Annual report of the Central Committee of the Association together with the report of the directors of the Pasteur Institute at Kasauli
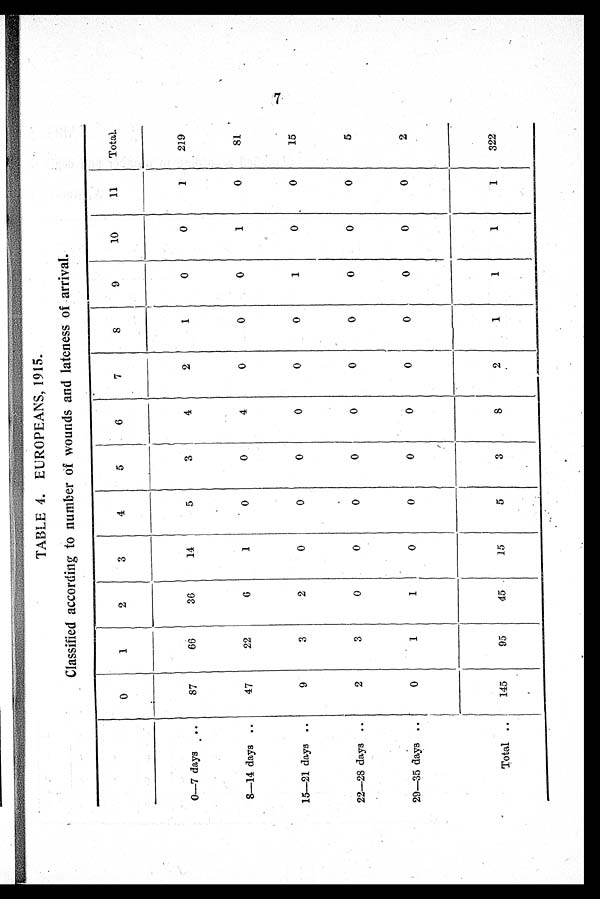
TABLE 4. EUROPEANS, 1915.
Classified according to number of wounds and lateness of arrival.
0
1
2
3
4
5
6
7
8
9
10
11
Total.
0-7 days ..
87
66
36
14
5
3
4
2
1
0
0
1
219
8-14 days ..
47
22
6
1
0
0
4
0
0
0
1
0
81
15-21 days ..
9
3
2
0
0
0
0
0
0
1
0
0
15
22-28 days . .
2
3
0
0
0
0
0
0
0
0
0
0
5
29-35 days ..
0
1
1
0
0
0
0
0
0
0
0
0
2
Total
..
145
95
45 .
15
5
3
8
2
1
1
1
1
322